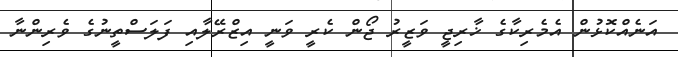
އަނެއްކޮޅުން އެމެރިކާގެ ޚާރިޖީ ވަޒީރު ޖޯން ކެރީ ވަނީ އިޒްރޭލާއި ފަލަސްތީނުގެ ވެރިންނާ